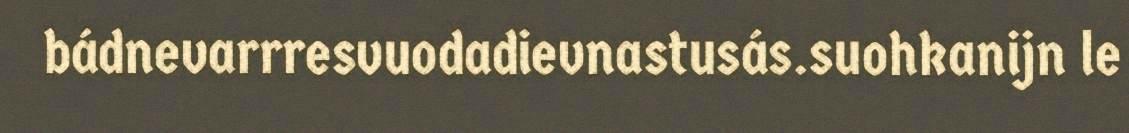
bádnevarrresvuodadievnastusás.suohkanijn le